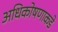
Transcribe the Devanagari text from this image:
अधिकोषणाकडे